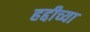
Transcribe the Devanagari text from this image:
हद्दीच्या